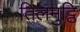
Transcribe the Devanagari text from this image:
तिलमुट्ठि